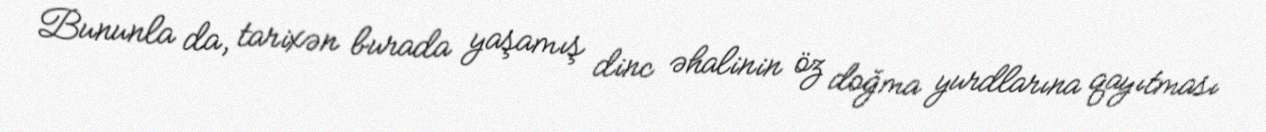
Bununla da, tarixən burada yaşamış dinc əhalinin öz doğma yurdlarına qayıtması